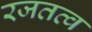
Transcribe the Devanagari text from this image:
रजतत्व